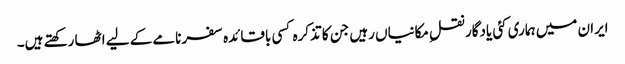
ایران میں ہماری کئی یادگار نقلِ مکانیاں رہیں جن کا تذکرہ کسی باقائدہ سفرنامے کے لیے اٹھا رکھتے ہیں۔